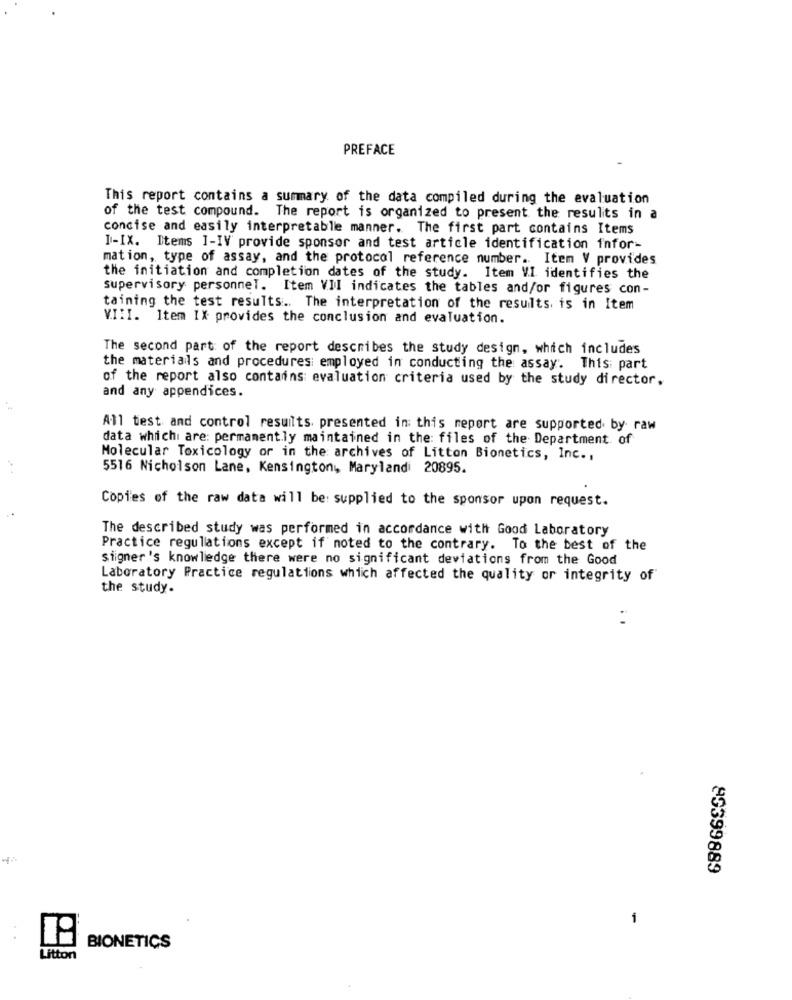
PREFACE
This report contains a summary of the data compiled during the evaluation
of the test compound. The report is organized to present the results in a
concise and easily interpretable manner. The first part contains Items
I-IX. Items I-IV provide sponsor and test article identification infor-
mation, type of assay, and the protocol reference number .. Item V provides
the initiation and completion dates of the study. Item VI identifies the
supervisory personnel. Item VII indicates the tables and/or figures con-
taining the test results .. The interpretation of the results. is in Item
V.I:I. Item IX provides the conclusion and evaluation.
The second part of the report describes the study design, which includes
the materials and procedures: employed in conducting the assay. This: part
of the report also contains evaluation criteria used by the study director.
and any appendices.
All test and control results. presented in this report are supported by raw
data which are: permanently maintained in the: files of the Department of
Molecular Toxicology or in the archives of Litton Bionetics, Inc .,
5516 Nicholson Lane, Kensington, Maryland 20895.
Copies of the raw data will be: supplied to the sponsor upon request.
The described study was performed in accordance with Good Laboratory
Practice regulations except if noted to the contrary. To the best of the
signer's knowledge there were no significant deviations from the Good
Laboratory Practice regulations which affected the quality or integrity of
the study.
83399889
-
BIONETICS
Litton